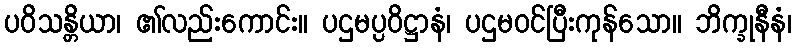
ပဝိသန္တိယာ၊ ၏လည်းကောင်း။ ပဌမပ္ပဝိဋ္ဌာနံ၊ ပဌမဝင်ပြီးကုန်သော။ ဘိက္ခုနီနံ၊